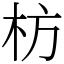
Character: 枋